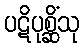
ပဋိပုစ္ဆိံသု